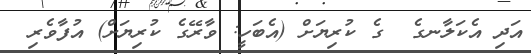
އަދި އެކަލާނގެ  ގެ ކުރިޔަށް (އެބަހީ: ވާރޭގެ ކުރިޔަށް) އުފާވެރި